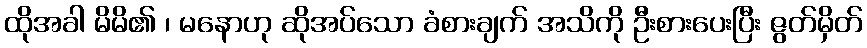
ထိုအခါ မိမိ၏ ၊ မနောဟု ဆိုအပ်သော ခံစားချက် အသိကို ဦးစားပေးပြီး ဇွတ်မှိတ်